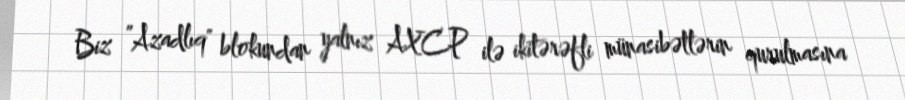
Biz ”Azadlıq" blokundan yalnız AXCP ilə ikitərəfli münasibətlərin qurulmasına